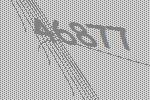
46877